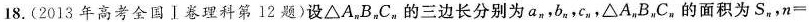
18.(2013年高考全国Ⅰ卷理科第12题)设△A_nB_nC_n的三边长分别为a_n，b_n，c_n，△A_nB_nC_n的面积为S_n，n=